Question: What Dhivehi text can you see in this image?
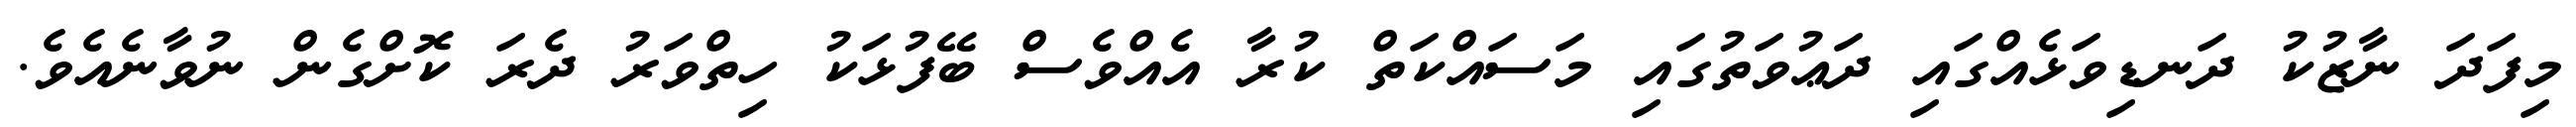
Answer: މިފަދަ ނާޒުކު ދަނޑިވަޅެއްގައި ދަޢުވަތުގައި މަސައްކަތް ކުރާ އެއްވެސް ބޭފުޅަކު ހިތްވަރު ދެރަ ކޮށްގެން ނުވާނެއެވެ.